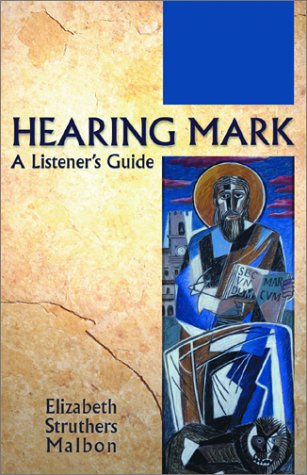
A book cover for Hearing Mark: A Listener's Guide; Elizabeth Struthers Malbon; Religion & Spirituality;